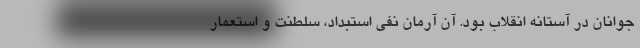
جوانان در آستانه انقلاب بود. آن آرمان نفی استبداد، سلطنت و استعمار